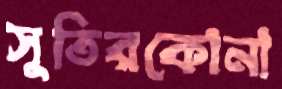
সুতিরকোনা